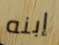
إبنه